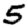
Digit: 5